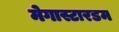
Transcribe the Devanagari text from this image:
मेगास्टारडम